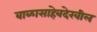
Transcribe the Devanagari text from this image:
बाळासाहेबदेखील